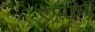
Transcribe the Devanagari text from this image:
ऐप्पासी